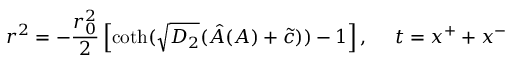
r ^ { 2 } = - \frac { r _ { 0 } ^ { 2 } } { 2 } \left[ \coth ( \sqrt { D _ { 2 } } ( \hat { A } ( A ) + \tilde { c } ) ) - 1 \right] , ~ ~ ~ ~ t = x ^ { + } + x ^ { - }